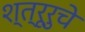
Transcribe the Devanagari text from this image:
श्त्रूरुचे